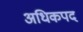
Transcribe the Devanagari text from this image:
अधिकपद